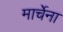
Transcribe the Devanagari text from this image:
मार्चेना